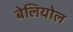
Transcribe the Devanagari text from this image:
बेलियोल